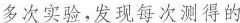
多次实验，发现每次测得的